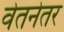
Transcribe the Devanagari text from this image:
वेतनेतर